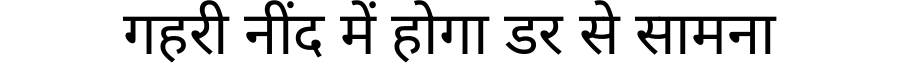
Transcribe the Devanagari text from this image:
गहरी नींद में होगा डर से सामना